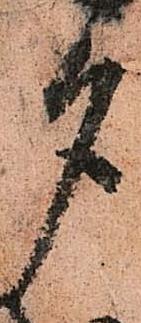
夕